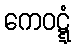
ကေဝဋ္ဋံ